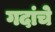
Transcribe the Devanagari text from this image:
गदांचे